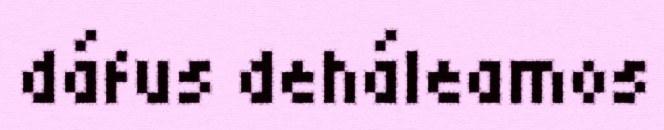
dáfus deháleamos